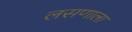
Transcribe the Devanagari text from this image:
लसणाला